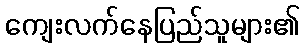
ကျေးလက်နေပြည်သူများ၏